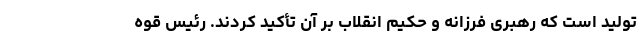
تولید است که رهبری فرزانه و حکیم انقلاب بر آن تأکید کردند. رئیس قوه